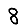
Digit: 8